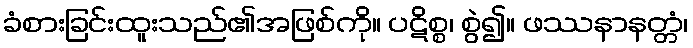
ခံစားခြင်းထူးသည်၏အဖြစ်ကို။ ပဋိစ္စ၊ စွဲ၍။ ဖဿနာနတ္တံ၊